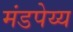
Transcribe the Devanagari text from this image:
मंडपेय्य